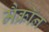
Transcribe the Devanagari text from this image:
मैक्रॉन